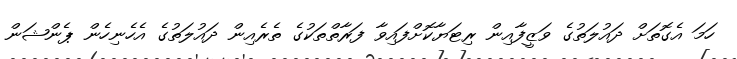
ހަމަ އެގޮތަށް ދައުލަތުގެ ވަޒީފާއިން ރިޓަޔާކޮށްފައިވާ ފަރާތްތަކުގެ ތެރެއިން ދައުލަތުގެ އެހެނިހެން ޕެންޝަން